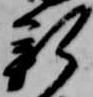
新